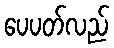
ပေပတ်လည်